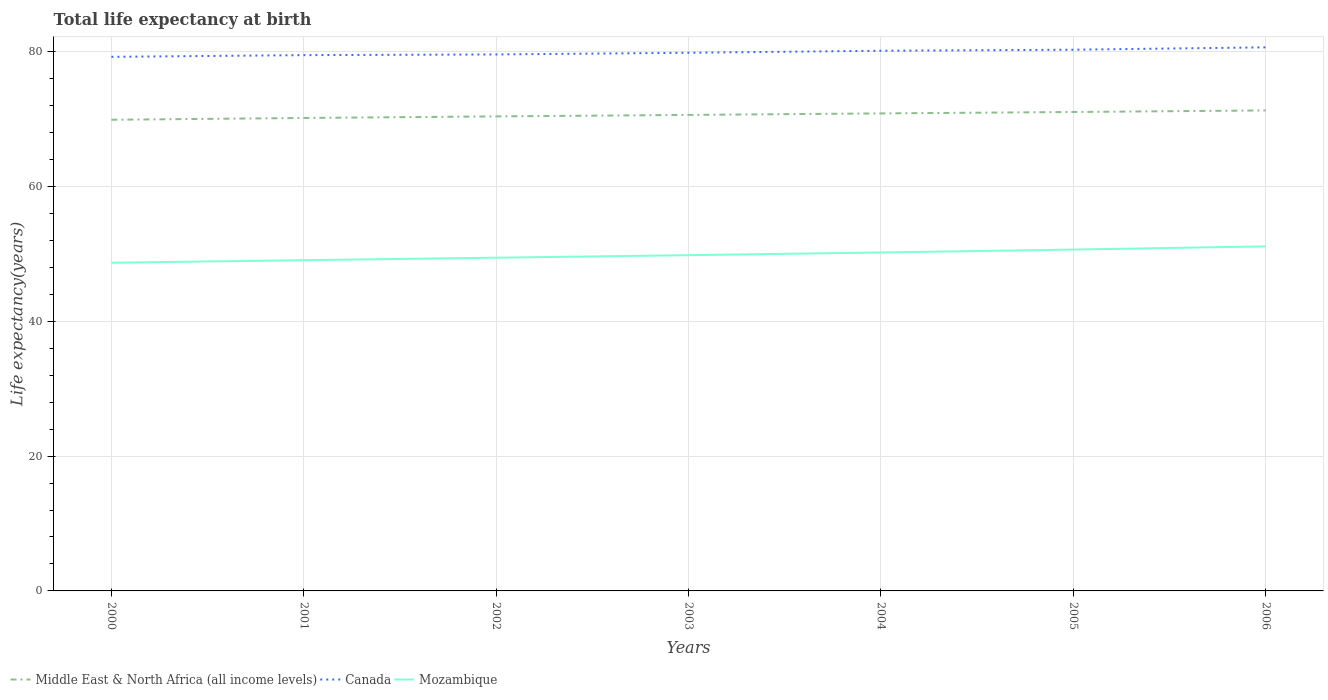
| Years | Middle East & North Africa (all income levels) | Canada | Mozambique |
 | --- | --- | --- | --- |
 | 2000 | 69.9 | 79.2 | 48.7 |
 | 2001 | 70.2 | 79.5 | 49.1 |
 | 2002 | 70.4 | 79.6 | 49.4 |
 | 2003 | 70.6 | 79.8 | 49.8 |
 | 2004 | 70.8 | 80.1 | 50.2 |
 | 2005 | 71.1 | 80.3 | 50.6 |
 | 2006 | 71.3 | 80.6 | 51.1 |